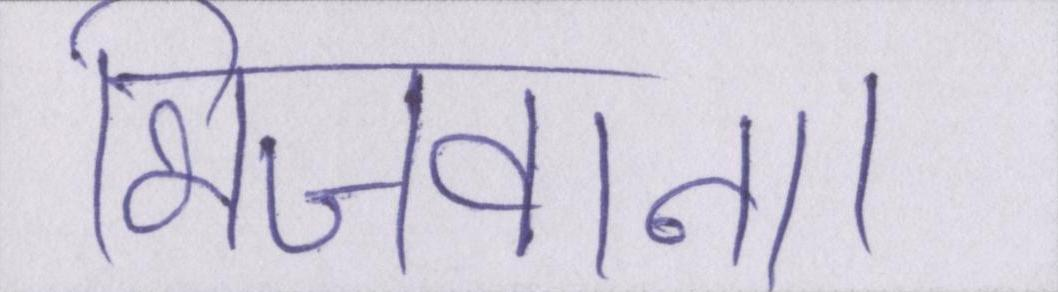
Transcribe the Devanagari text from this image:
भिजवाना।